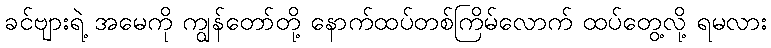
ခင်ဗျားရဲ့ အမေကို ကျွန်တော်တို့ နောက်ထပ်တစ်ကြိမ်လောက် ထပ်တွေ့လို့ ရမလား